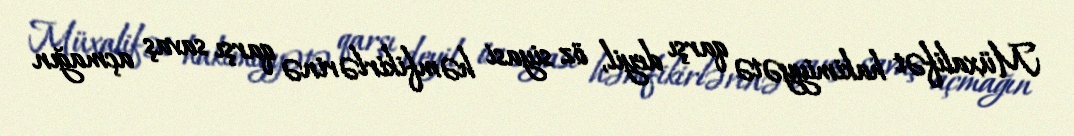
Müxalifət hakimiyyətə qarşı deyil, öz siyasi həmfikirlərinə qarşı savaş açmağın